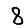
Digit: 8